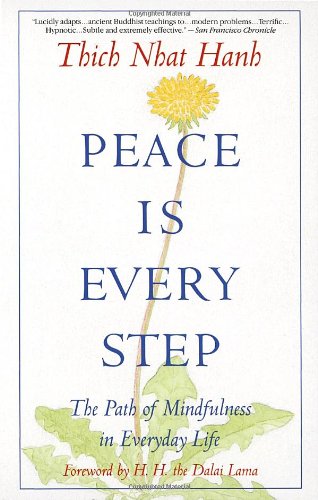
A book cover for Peace Is Every Step: The Path of Mindfulness in Everyday Life; Thich Nhat Hanh; Self-Help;